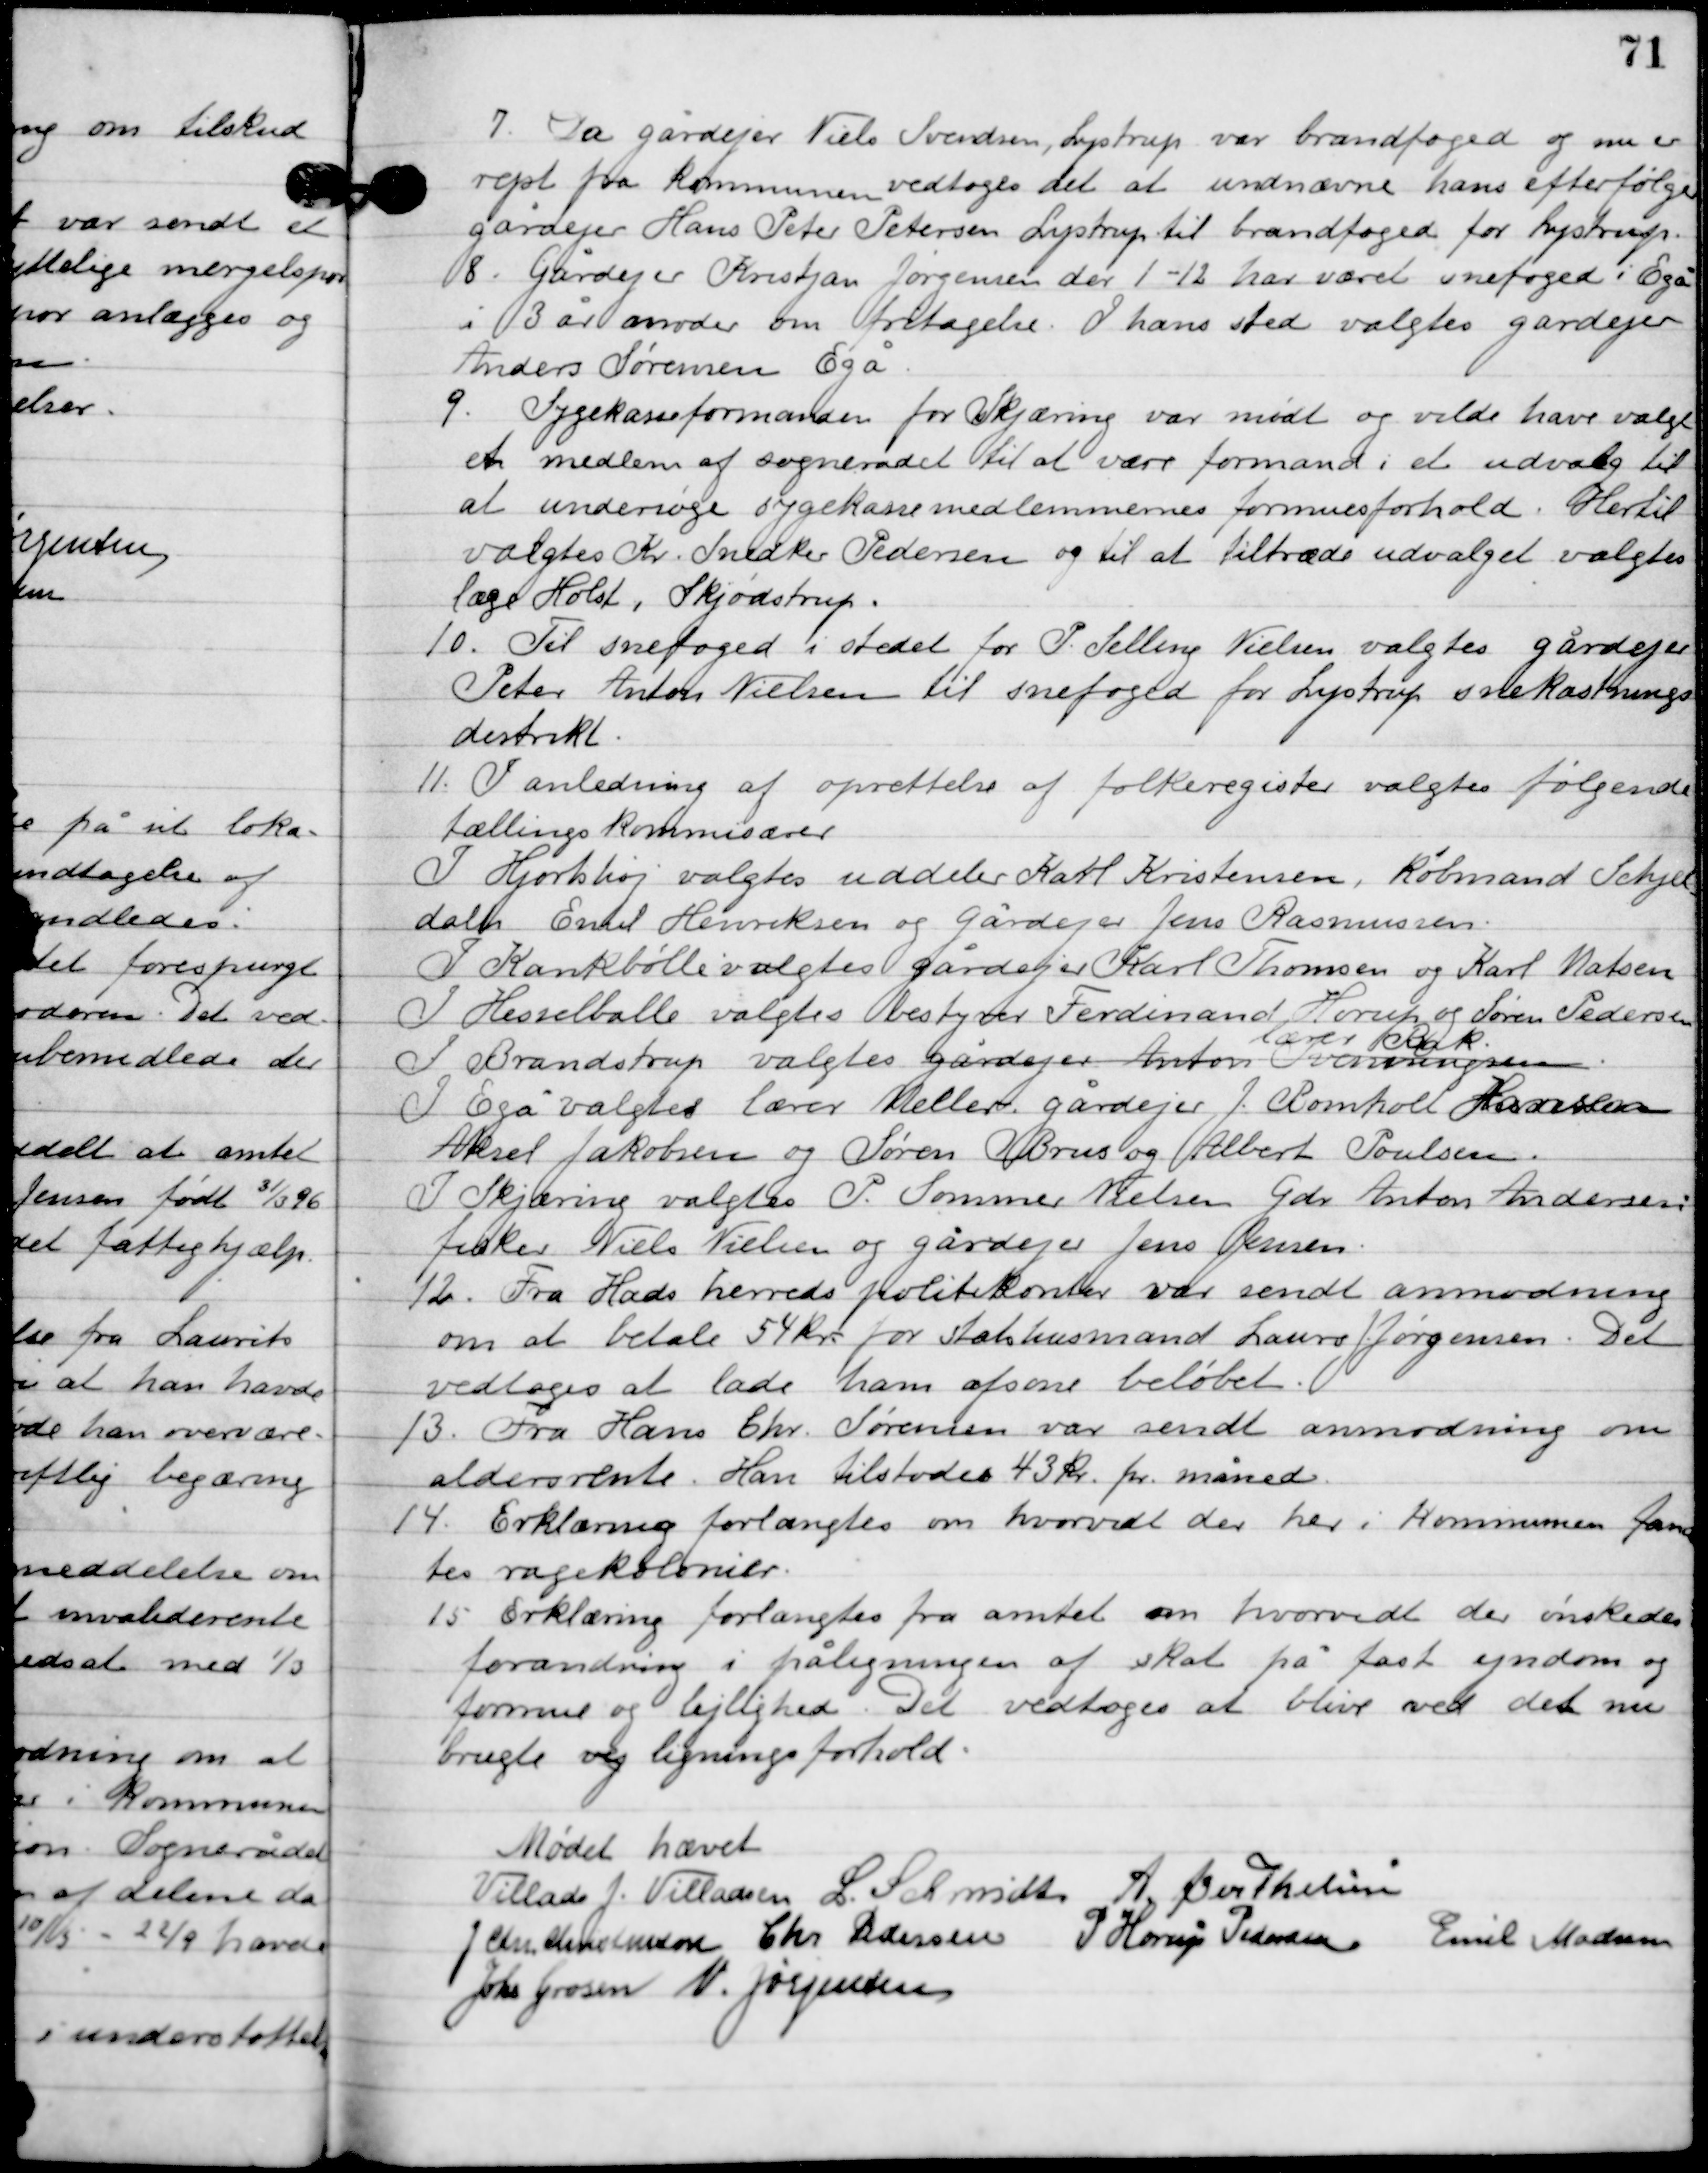
Transskription:
7
Da gårdejer Neils Sørensen, Lystrup var brandfoged og nu er
rejst fra kommunen vedtoges det at udnævne hans efterfølger

gårdejer hans Peter Petersen Lystrup til brandfoged for Lystrup.

8
Gårdejer Kristjan Jørgensen der 1-12 har været snefoged i Egå
i 3 år anmoder om fritagelse. I hans sted valgtes gårdejer

Anders Sørensen Egå.

9

Sygekasseformanden for Skjæring var mødt og vilde have valgt
et medlem af sognerådet til at være formand i et udvalg til
at undersøge sygekassemedlemmernes formueforhold. Hertil
valgtes Kr. snedker Pedersen og til at tiltræde udvalget valgtes
læge Holst, Skjødstrup.

10

Til snefoged i stedet fro P. Selling Nielsen valgtes gårdejer
Peter Anton Nielsne til snefoged for Lystrup snekastning
dertil.

11

I anledning af oprettelse af folkeregister valgtes følgende
tællings kommisærer.
I Hjortshøj valgtes uddeler Karl Kristensen, Købmand Schjeldalh.
 Emil Henriksen og gårdejer Jens Rasmussen.
I Kankbølle valgtes gårdejer Karl Thomsen og Karl Madsen.
I Hesselballe valgtes bestyrer Ferdinand Horup og Søren Pedersen.
I Brandstrup valgtes gårdejer Anton Svenningsen
lærer Bak.
I Egå valgtes lærer Meller. Gårdejer J. Bomholt Hansen,
Aksel Jakobsen og søren Brus og Albert Poulsen.
I Skjæring valgtes P. Sommer Nielsen, Gdr. Anton Andersen,
Fisker Niels Nielsen og gårdejer jens Jensen.

12

Fra Hads herreds politikontor var sendt anmodning
om at betale 54 kr. for statshusmand Laurs Jørgensen. Det
vedtoges at lade ham afsone beløbet.

13

Fra hans Chr. Sørensen var sendt anmodning om
aldersrente. Han tilstodes 43 kr. pr. måned.

14

Erklæring forlangtes om hvorvidt der her i kommunen fand-
tes ragekolonier.

15

Erklæring forlangtes fra amtet om hvorvidt der ønskedes
forandring i påligningen af skat på fast ejendom og
formue og lejlighed. Det vedtoges at blive ved det nu
brugte og ligningsforhold.

Mødet hævet

Villads J. Villadsen
l. Schmidt
A. Berthelsen
J. Chr. Christensen
Chr. Pedersen
P. Horup Pedersen
Emil Madsen
Johs. Grosen
N. Jørgensen